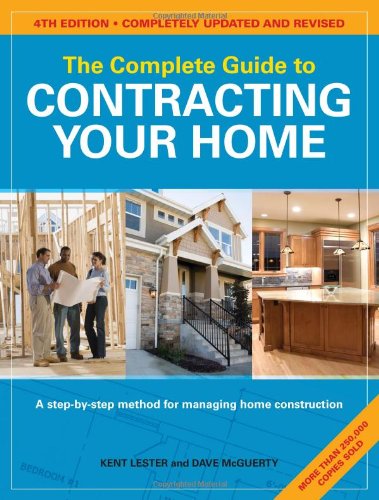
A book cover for The Complete Guide to Contracting Your Home; Kent Lester; Engineering & Transportation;